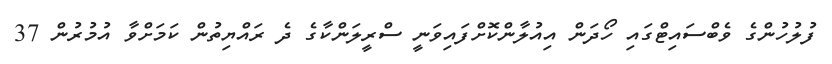
ފުލުހުންގެ ވެބްސައިޓްގައި ހޯދަން އިއުލާންކޮށްފައިވަނީ ސްރީލަންކާގެ ދެ ރައްޔިތުން ކަމަށްވާ އުމުރުން 37